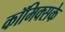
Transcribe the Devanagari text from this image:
कॉमिक्सके